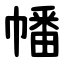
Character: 幡